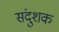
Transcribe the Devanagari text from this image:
संदुशक